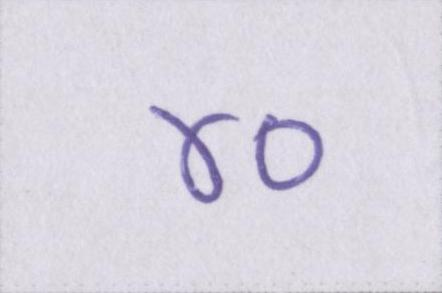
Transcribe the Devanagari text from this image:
४०